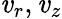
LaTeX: \mathit{v}_{r},\mathit{v}_{z}